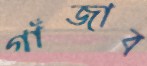
গাঁজাব